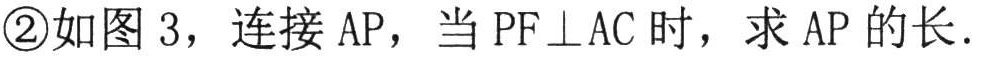
\textcircled{2}如图 3，连接 AP，当 PF⊥AC 时，求 AP 的长.